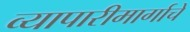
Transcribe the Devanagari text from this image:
व्यापारीमार्गाचे